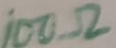
Text: 100Ω